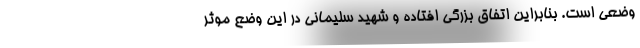
وضعی است. بنابراین اتفاق بزرگی افتاده و شهید سلیمانی در این وضع موثر